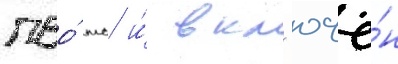
пво́ тс и́ вкл'ючё́н